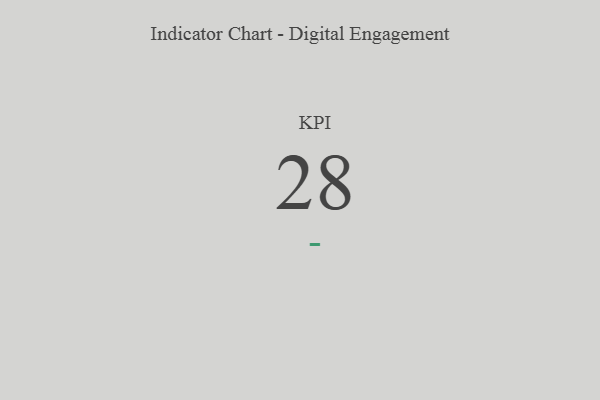
{"axis": {"x": "KPI", "y": "Value"}, "legend": [""], "data": [{"x": "KPI", "y": 28, "type": ""}]}